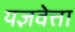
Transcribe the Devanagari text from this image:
यज्ञवेत्ता